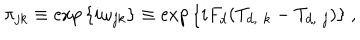
\pi _ { j k } \equiv \exp { \{ i \omega _ { j k } \} } \equiv \exp { \{ i F _ { d } ( T _ { d , \, \, k } - T _ { d , \, \, j } ) \} } \ ,